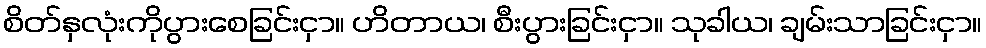
စိတ်နှလုံးကိုပွားစေခြင်းငှာ။ ဟိတာယ၊ စီးပွားခြင်းငှာ။ သုခါယ၊ ချမ်းသာခြင်းငှာ။